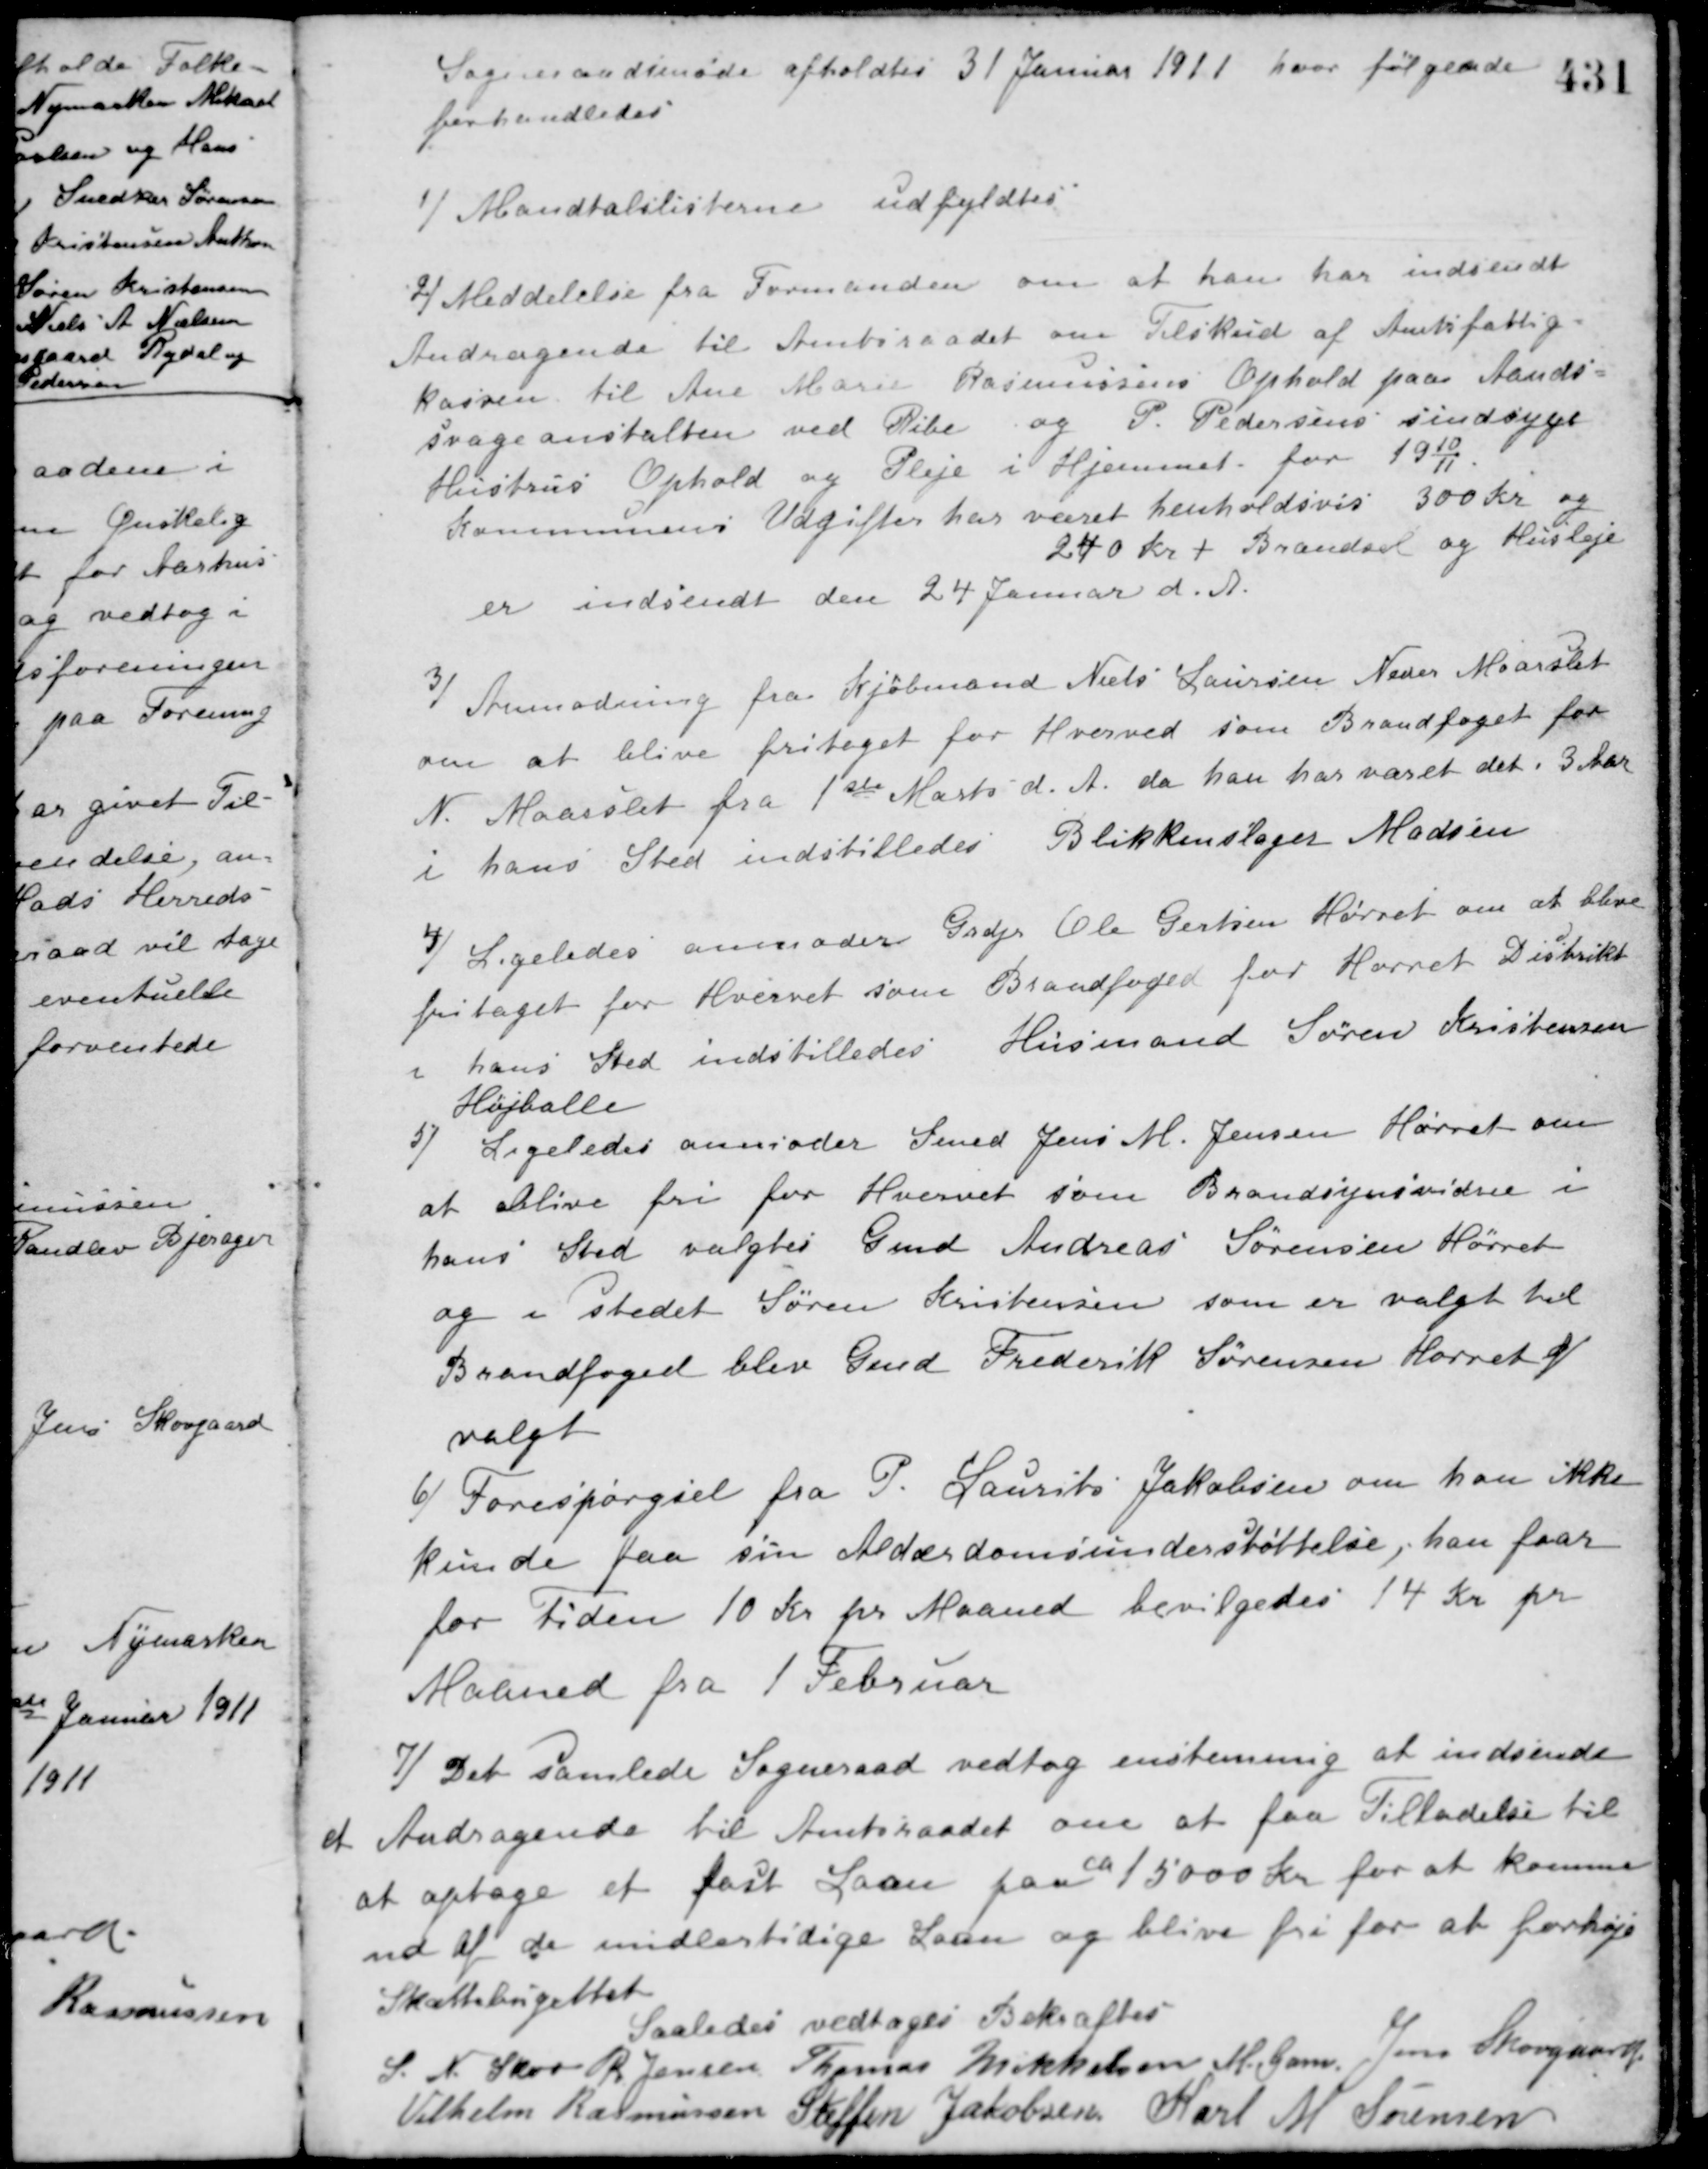
Transskription:
Sogneraadsmøde afholdtes 31 Januar 1911 hvor følgende
forhandledes
1/ Mandtalslisterne udfyldtes.
2/ Meddelelse fra Formanden om at han har indsendt
Andragende til Amtsraadet om Tilskud af Amtsfattig-
kassen til Ane Marie Rasmussens Ophold paa Aands-
svageanstalten ved Ribe og P. Pedersens sindsyge
Hustrus Ophold og Pleje i Hjemmet for 1910/11.
Kommunens Udgifter har været henholdsvis 300 Kr. og
240 Kr. + Brændsel og Husleje
er indsendt den 24 Januar d. A.
Anmodning fra Kjøbmand Niels Laursen Neder Maarslet
3/
om at blive fritaget for Hvervet som Brandfoged for
N. Maarslet fra 1ste Marts d. A. da han har været det i 3 Aar
i hans Sted indstilledes Blikkenslager Madsen.
4/
Ligeledes anmoder Grdjr. Ole Gertsen Hørret om at blive
fritaget for Hvervet som Brandfoged for Hørret Distrikt
i hans Sted indstilledes Husmand Søren Kristensen
Højballe.
5/ Ligeledes anmoder Smed Jens M. Jensen Hørret om
at blive fri for Hvervet som Brandsynsvidne i
hans Sted valgtes Gmd. Andreas Sørensen Hørret
og i stedet Søren Kristensen som er valgt til
Brandfoged blev Gmd. Frederik Sørensen Hørret V
valgt.
6/ Forespørgsel fra P. Laurits Jakobsen om han ikke
kunde faa sin Alderdomsunderstøttelse, han faar
for Tiden 10 Kr. pr. Maaned bevilgedes 14 Kr. pr.
Maaned fra 1 Februar.
7/ Det samlede Sogneraad vedtog enstemmig at indsende
et Andragende til Amtsraadet om at faa Tilladelse til
at optage et fast Laan paa
ca
15000 Kr. for at komme
ud af de midlertidige Laan og blive fri for at forhøje
Skattebugettet.
Saaledes vedtaget Bekræftes
S. N. Skov R. Jensen Thomas Mikkelsen M. Gam Jens Skovgaard
Vilhelm Rasmussen Steffen Jakobsen Karl M. Sørensen